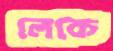
লেকে